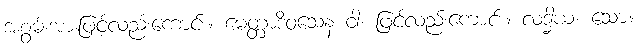
အစွမ်းအားဖြင့်လည်းကောင်း။ မေတ္တာဒိဝသေန ဝါ၊ ဖြင့်လည်းကောင်း။ လဒ္ဓါယ၊ သော။